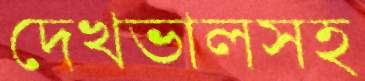
দেখভালসহ